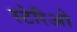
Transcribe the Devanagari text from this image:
स्टेरिओ